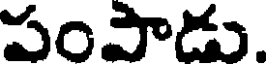
పంపాడు.